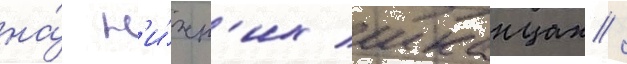
на́ н'и́жн'их шканцах /